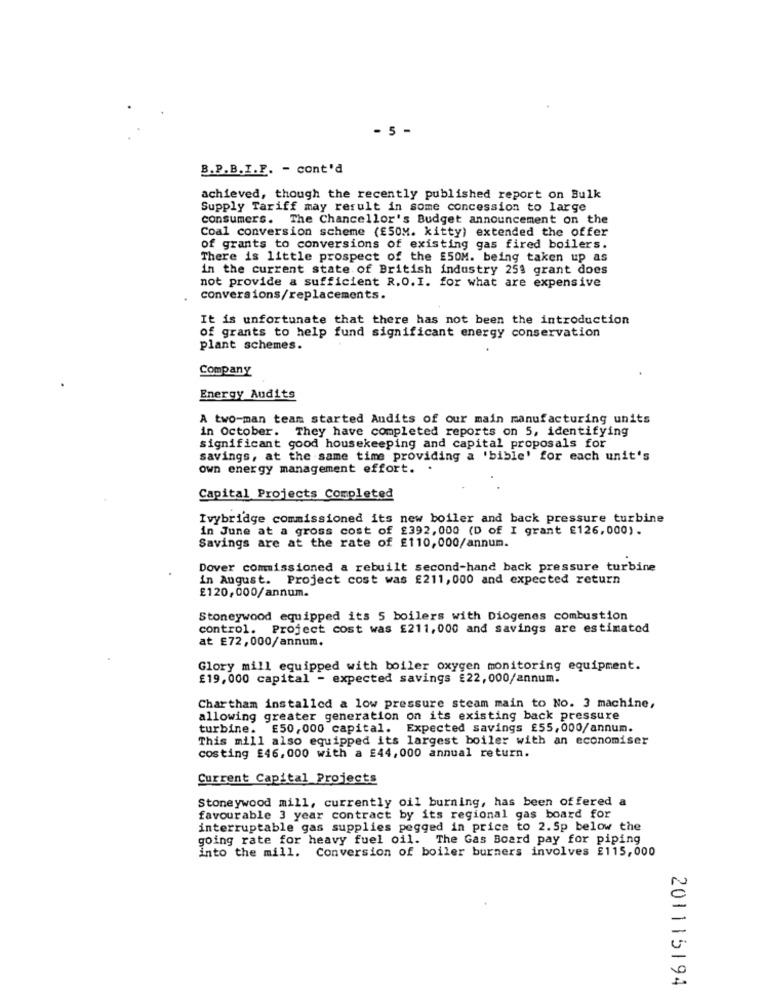
- 5 -
B.P.B.I.F. - cont'd
achieved, though the recently published report on Bulk
Supply Tariff may result in some concession to large
consumers. The Chancellor's Budget announcement on the
Coal conversion scheme (ES0M. kitty) extended the offer
of grants to conversions of existing gas fired boilers.
There is little prospect of the £50M. being taken up as
in the current state of British industry 251 grant does
not provide a sufficient R.O.I. for what are expensive
conversions/replacements.
It is unfortunate that there has not been the introduction
of grants to help fund significant energy conservation
plant schemes.
Company
Energy Audits
A two-man team started Audits of our main manufacturing units
in October. They have completed reports on 5, identifying
significant good housekeeping and capital proposals for
savings, at the same time providing a 'bible' for each unit's
own energy management effort. .
Capital Projects Completed
Ivybridge commissioned its new boiler and back pressure turbine
in June at a gross cost of £392, 000 (D of I grant £126,000).
Savings are at the rate of £110,000/annum.
Dover commissioned a rebuilt second-hand back pressure turbine
in August. Project cost was £211, 000 and expected return
£120,000/annum.
Stoneywood equipped its 5 boilers with Diogenes combustion
control. Project cost was £211, 000 and savings are estimated
at £72,000/annum.
Glory mill equipped with boiler oxygen monitoring equipment.
£19,000 capital - expected savings £22,000/annum.
Chartham installed a low pressure steam main to No. 3 machine,
allowing greater generation on its existing back pressure
turbine. £50,000 capital. Expected savings £55,000/annum.
This mill also equipped its largest boiler with an economiser
costing £46.000 with a £44,000 annual return.
Current Capital Projects
Stoneywood mill, currently oil burning, has been offered a
favourable 3 year contract by its regional gas board for
interruptable gas supplies pegged in price to 2.5p below the
going rate for heavy fuel oil. The Gas Board pay for piping
into the mill. Conversion of boiler burners involves £115,000
201115194